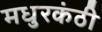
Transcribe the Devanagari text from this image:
मधुरकंठी